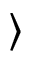
\rangle